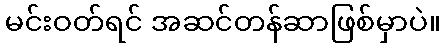
မင်းဝတ်ရင် အဆင်တန်ဆာဖြစ်မှာပဲ။